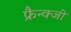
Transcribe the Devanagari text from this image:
फ्रैन्क्जी